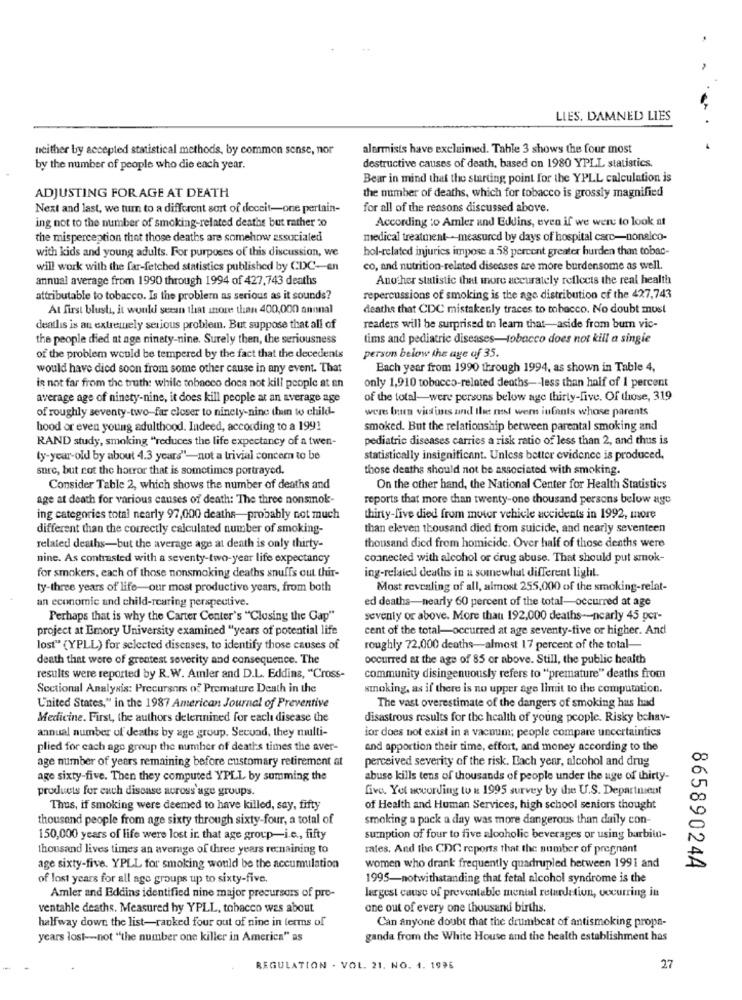
LIES, DAMNED LIES
neither by accepted statistical methods, by common sense, nor
alormists have excluimed. Table 3 shows the four most
.
destructive causes of death, based on 1980 YPLL statistics.
by the number of people who die each year.
Bear in mind that the starting point for the YPLL calculation is
ADJUSTING FOR AGE AT DEATH
the number of deaths, which for tobacco is grossly magnified
Next and last, we turn to a different sort of deceit-one pertain-
for all of the reasons discussed above.
ing not to the number of smoking-related deaths but rather 20
According to Amler and Eddins, even if we were to look at
the misperception that those deaths are somehow associated
medical treatment-measured by days of hospital caro-nonalco-
with kids and young adults. For purposes of this discussion, we
hol-related injuries impose a 58 percent greater burden than tobac-
will work with the far-fetched statistics published by CDC-en
co, and nutrition-related diseases are more burdensome as well.
annual average from 1990 through 1994 of 427,743 deaths
Another statistic that more accurately reflects the real health
attributable to tobacco. Is the problem as serious as it sounds?
repercussions of smoking is the age distribution of the 427,743
At first blust, it would seean that more than 400,000 annual
deaths that CDC mistakenly traces to tobacco. No doubt must
deallis is an extremely serious problem. But suppose that all of
readers will be surprised to learn that-aside from bum vic-
the people died at age ninety-nine. Surely then, the seriousness
tims and pediatric diseases-tobacco does not kill a single
of the problem would be tempered by the fact that the decedents
person below the age of 35.
would have died soon from some other cause in any event. That
Each year from 1990 through 1994, as shown in Table 4,
only 1,910 tobacco-related deaths -- less than half of 1 percent
is not far from the truth: while tobacco does not kill people at en
average age of ninety-nine, it does kill people at an average age
of the total-were persons below age thirty-five. Of those, 319
of roughly seventy-two-far closer to ninety-nine than to chill-
were buen victimes and the rest wenn infants whose parents
hood or even young adulthood. Indeed, according to a 199!
smoked. But the relationship between parental smoking and
RAND study, smoking "reduces the life expectancy of a twen-
pediatric diseases carries a risk ratio of less than 2, and thus is
(y-year-old by about 4.3 years"-not a trivial concern to be
statistically insignificant. Unless botter evidence is produced,
surc, but not the horror that is sometimes portrayed.
those deaths should not be associated with smoking.
Consider Table 2, which shows the number of deaths and
On the other hand, the National Center for Health Statistics
age at death for various causes of death: The three nonsmnok-
reports that more than twenty-one thousand persons below ago
ing categories total nearly 97,000 deaths-probably not much
thirty-five died from motor vehicle accidents in 1992, more
different than the correctly calculated number of smoking-
than eleven thousand died from suicide, and nearly seventeen
thousand died from homicide. Over half of those deaths were
related deaths-but the average age at death is only thirty-
nine. As contrasted with a seventy-two-year life expectancy
connected with alcohol or drug abuse. That should put smok-
for smokers, each of those nonsmoking deaths snuffs out thir-
ing-related deaths in a somewhat different light.
ty-three years of life-our most productive years, from both
Most revealing of all, almost 255,000 of the smoking-relat-
an economic and child-rearing perspective.
ed deaths-nearly 60 percent of the total-occurred at age
Perhaps that is why the Carter Center's "Closing the Gap"
seventy or above. More that 192,000 deaths -- nearly 45 per-
project at Emory University examined "years of potential life
cent of the total-occurred at age seventy-five or higher. And
lost" (YPLL) for selected disenses, to identify those causes of
roughly 72,000 deaths-almost 17 percent of the total-
death that were of greatest severity and consequence. The
occurred at the age of 85 or above. Still, the public health
results were reported by R.W. Amler and D.L. Eddins, "Cross-
community disingenuously refers to "premature" deaths from
Sectional Analysis: Precursors of Premature Death in the
smoking, as if there is no upper age limit to the computation.
The vast overestimate of the dangers of smoking has had
United States," in the 1987 American Journal of Preventive
Medicine. First, the authors delerinined for each disease the
disastrous results for the health of young people. Risky bchav-
annual number of deaths by age group. Secund, they multi-
ior does not exist in a vacuum; people compare uncertaintics
plied for each age group the number of deaths times the aver-
and apportion their time, effort, and money according to the
age number of years remaining before customary retirement at
perceived severity of the risk. Each year, alcohol and drug
age sixty-five. Then they computed YPLL by summing the
abuse kills tens of thousands of people under the age of thirty-
products for each disease across age groups.
five. Yol according to a 1995 survey by the U.S. Department
Thus, if smoking were deemed to have killed, say, fifty
of Health and Human Services, high school seniors thought
thousand people from age sixty through sixty-four, a total of
smoking a pack a day was more dangerous than daily con-
150,000 years of life were lost in that age group-i.c ., fifty
sumption of four to five alcoholic beverages or using barbitu-
thousand lives times an average of three years remaining to
rates. And the CDC reports that the number of pregnant
age sixty-five. YPLL for smoking would be the accumulation
women who drank frequently quadrupled between 1991 and
86589024A
of lost years for all age groups up to sixty-five.
1995-notwithstanding that fetal alcohol syndrome is the
largest cause of preventable mental retardation, occurring in
Amler and Eddins identified nine major precursors of pre-
ventahle deaths. Measured hy YPLL, tobacco was about
one out of every one thousand births.
Can anyone doubt that the drumbeat of antismoking props-
halfway down the list-ranked four out of nine in terms of
years lost -- not ""the number one killer in America" as
ganda from the White House and the health establishment has
REGULATION - VOL. 21. NO. 4. 1995
27